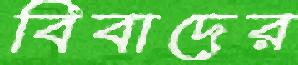
বিবাদের